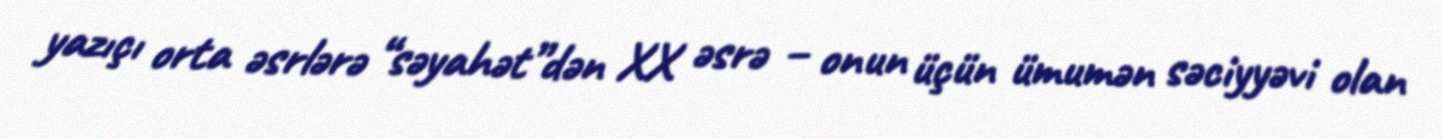
yazıçı orta əsrlərə “səyahət”dən XX əsrə – onun üçün ümumən səciyyəvi olan